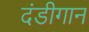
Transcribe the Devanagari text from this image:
दंडीगान